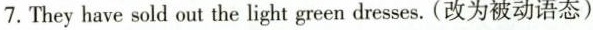
7. They have sold out the light green dresses. (改为被动语态)